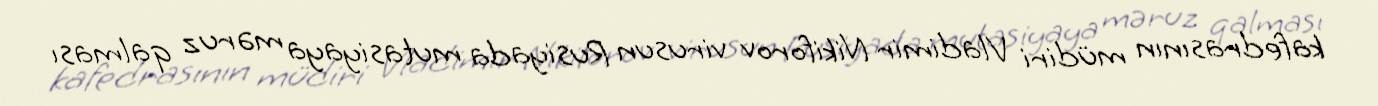
kafedrasının müdiri Vladimir Nikiforov virusun Rusiyada mutasiyaya məruz qalması